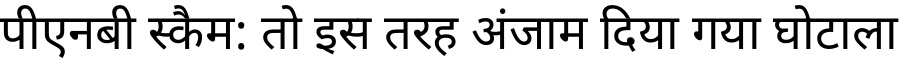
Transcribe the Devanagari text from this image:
पीएनबी स्कैम: तो इस तरह अंजाम दिया गया घोटाला